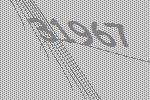
31967